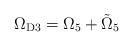
LaTeX: \begin{align*}\Omega_{\rm D3} = \Omega_5 + \tilde \Omega_5\end{align*}